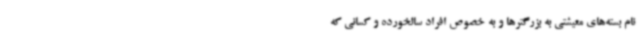
نام بسته‌های معیشتی به بزرگترها و به خصوص افراد سالخورده و کسانی که